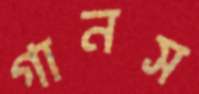
গানস